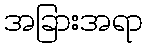
အခြားအရာ